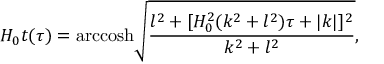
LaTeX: H _ { 0 } t ( \tau ) = \mathrm { a r c c o s h } \sqrt { \frac { l ^ { 2 } + [ H _ { 0 } ^ { 2 } ( k ^ { 2 } + l ^ { 2 } ) \tau + | k | ] ^ { 2 } } { k ^ { 2 } + l ^ { 2 } } } ,